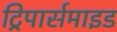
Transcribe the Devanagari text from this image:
ट्रिपार्समाइड